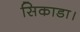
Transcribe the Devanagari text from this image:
सिकाडा।